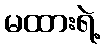
မထားရဲ့